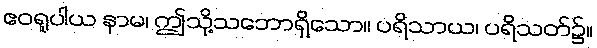
ဧဝရူပါယ နာမ၊ ဤသို့သဘောရှိသော။ ပရိသာယ၊ ပရိသတ်၌။